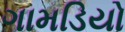
ગામડિયો